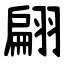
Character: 翩